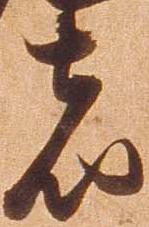
者